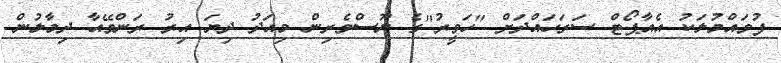
ފުވައްމުލަކު އެއާޕޯޓް ސަރަހައްދަށް "ހަވީރު"ގެ ނޫސްވެރިން މިއަދު ދިޔަ އިރު ރަންވޭއާ ދިމާލުން